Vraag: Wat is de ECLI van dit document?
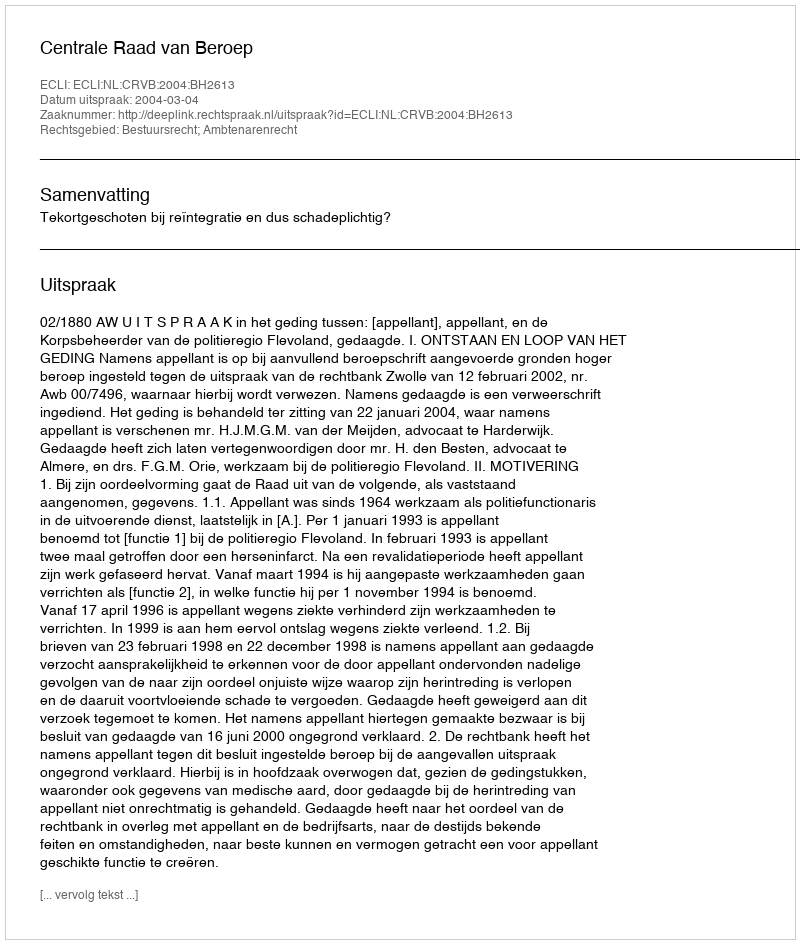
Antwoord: ECLI:NL:CRVB:2004:BH2613